Vaccination in Bombay 1874-1876 - 1874-1876
Year: 1874
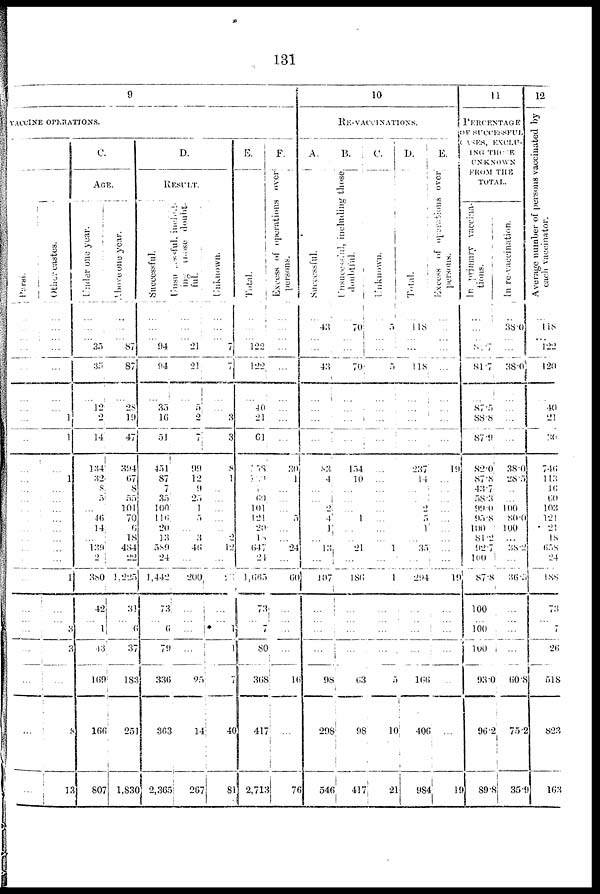
131
9
VACCINE OPERATIONS.
Parsí.
...
...
...
...
...
...
...
...
...
...
...
...
...
...
...
...
...
...
...
...
...
...
...
...
...
...
...
Other castes.
...
...
...
...
...
...
... 1
1
...
1
...
...
...
...
...
...
...
...
1
...
... 3
3
...
8
13
C.
AGE.
Under
one year.
...
...
... 35
35
...
12
2
14
134
32
8
5
...
46
14
...
139
2
380
42
...
1
43
169
166
807
Above one year.
...
...
...
87
87
...
25
19
47
394
67
8
55
101
70
6
18
484
22
1,225
31
... 6
37
183
251
1,830
D.
RESULT.
Successful.
...
...
... 94
94
...
35
16
51
451
87
7
35
100
116
20
13
589
24
1,442
73
... 6
79
336
363
2,365
Unsuccessful, includ-
ing
those
doubt-
ful.
...
...
... 21
21
...
5
2
7
99
12
9
25
1
5
...
3
46
...
200
...
...
...
...
25
14
267
Unknown.
...
...
...
7
7
...
... 3
3
8
1
...
...
...
...
...
2
12
...
23
...
... 1
1
7
40
81
E.
Total.
...
...
... 122
122
...
40
21
61
358
100
16
60
101
121
20
18
647
21
1,665
73
...
7
80
368
41
2,713
F.
Excess of operations over
persons.
...
...
...
...
...
...
...
...
...
30
1
...
...
...
5
...
...
24
...
60
...
...
...
...
16
...
76
10
RE-VACCINATIONS.
A.
Successful.
...
43
...
...
43
...
...
...
...
83
4
...
...
2
4
1
...
13
...
107
...
...
...
...
98
298
546
B.
Unsuccessful,
including those
doubtful.
...
70 ...
...
70
...
...
...
...
154
10
...
...
...
1
...
...
21
...
186
...
...
...
...
63
98
417
C.
Unknown.
...
5
...
...
5
...
...
...
...
...
...
...
...
...
...
...
...
1
...
1
...
...
...
...
5
10
21
D.
Total.
...
118
...
...
118
...
...
...
...
237
14
...
...
2
5
1
...
35
...
294
...
...
...
...
166
406
984
E.
Excess of operations over
persons.
...
...
...
...
...
...
...
...
...
19
...
...
...
...
...
...
...
...
...
19
...
...
...
...
...
...
19
11
PERCENTAGE
OF SUCCESSFUL
CASES, EXCLU-
DING THOSE
UNKNOWN
FROM THE
TOTAL.
In primary vaccina-
tions.
...
...
...
81.7
81.7
...
87.5
88.8
87.9
82.0
87.8
43.7
58.3
90.0
95.8
100
81.2
92.7
100
87.8
100
... 100
100
93.0
96.2
89.8
In re-vaccination.
...
38.0
...
...
38.0
...
...
...
...
38.0
28.5
...
...
100
80.0
100
...
38.2
...
36.5
...
...
...
...
60.8
75.2
35.9
12
Average
number of persons vaccinated by
each vaccinator.
...
118
... 122
120
...
40
21
36
746
113
16
60
103
121
21
18
658
24
188
73
...
7
26
518
823
163